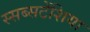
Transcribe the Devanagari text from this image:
स्सब्सटेंशिया